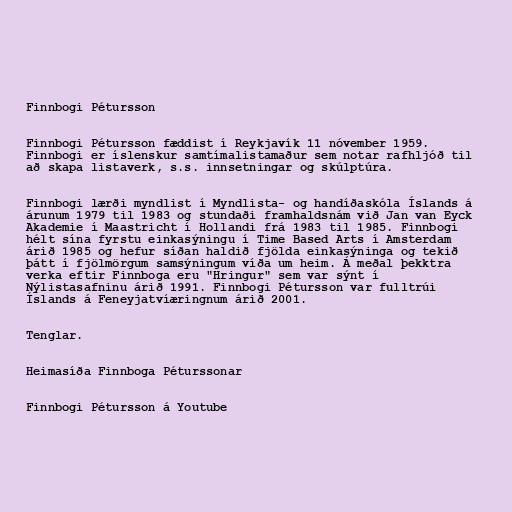
Finnbogi Pétursson

Finnbogi Pétursson fæddist í Reykjavík 11 nóvember 1959.
Finnbogi er íslenskur samtímalistamaður sem notar rafhljóð til
að skapa listaverk, s.s. innsetningar og skúlptúra.

Finnbogi lærði myndlist í Myndlista- og handíðaskóla Íslands á
árunum 1979 til 1983 og stundaði framhaldsnám við Jan van Eyck
Akademie í Maastricht í Hollandi frá 1983 til 1985. Finnbogi
hélt sína fyrstu einkasýningu í Time Based Arts í Amsterdam
árið 1985 og hefur síðan haldið fjölda einkasýninga og tekið
þátt í fjölmörgum samsýningum víða um heim. Á meðal þekktra
verka eftir Finnboga eru "Hringur" sem var sýnt í
Nýlistasafninu árið 1991. Finnbogi Pétursson var fulltrúi
Íslands á Feneyjatvíæringnum árið 2001.

Tenglar.

Heimasíða Finnboga Péturssonar

Finnbogi Pétursson á Youtube